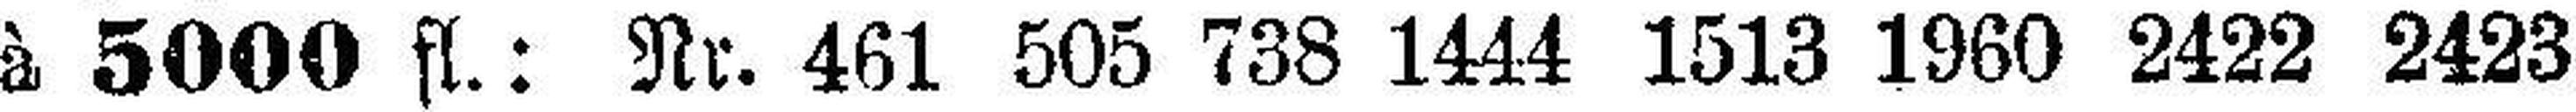
à 5000 fl.: Nr. 461 505 738 1444 1513 1960 2422 2423